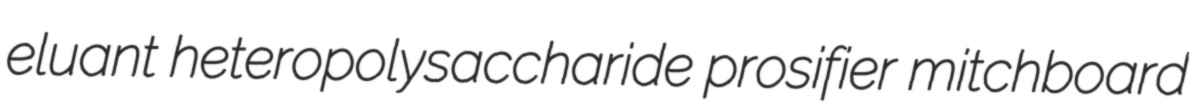
eluant heteropolysaccharide prosifier mitchboard